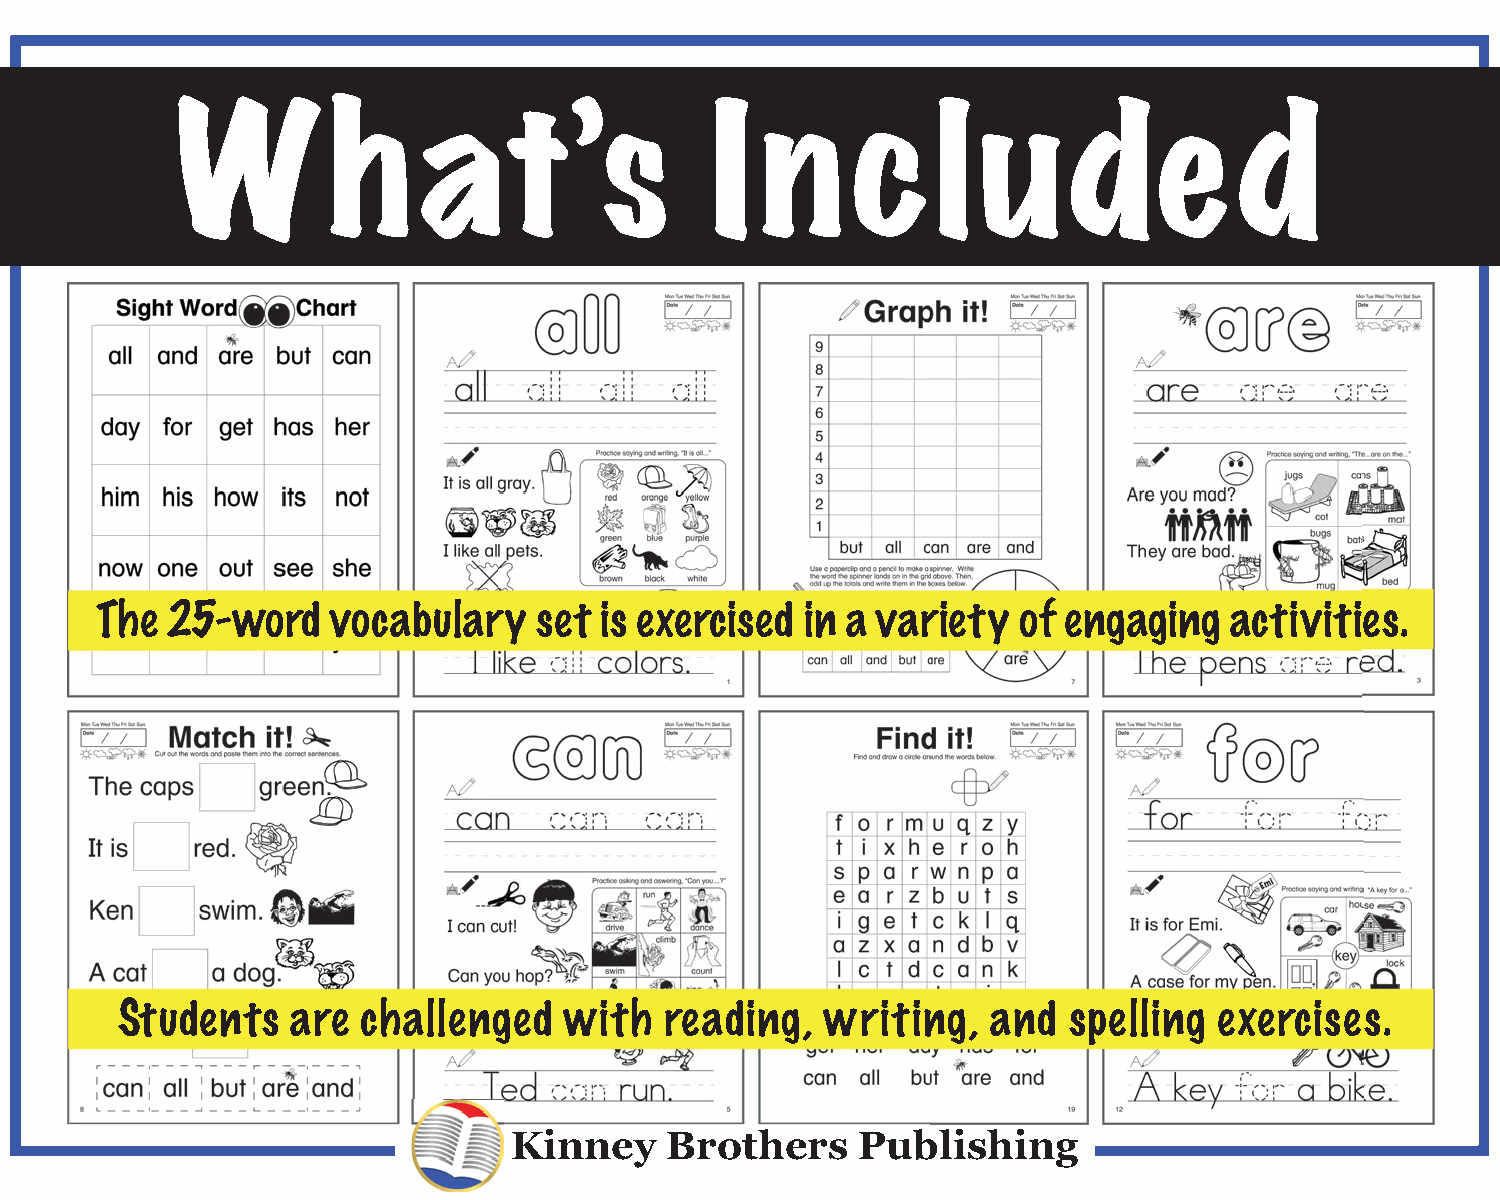
W         h     at’s               I  n     c     luded
 The  25-word    vocabulary    set is exercised in a variety  of engaging   activities.
 Students   are  challenged   with   reading,   writing,   and  spelling  exercises.
 Kinney    Brothers     Publishing